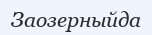
Заозерныйда